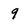
Character: 9